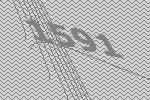
1591